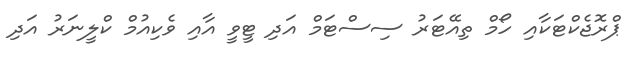
ޕްރޮޖެކްޓަކާއި ހޯމް ތިއޭޓަރު ސިސްޓަމް އަދި ޓީވީ އާއި ވެކިއުމް ކްލީނަރު އަދި